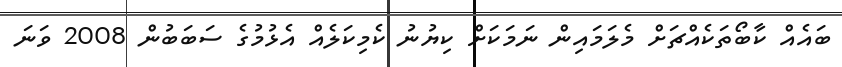
ބައެއް ކާބޯތަކެއްޗަށް މެލަމައިން ނަމަކަށް ކިޔުނު ކެމިކަލެއް އެޅުމުގެ ސަބަބުން 2008 ވަނަ